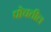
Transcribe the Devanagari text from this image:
पोचतील